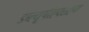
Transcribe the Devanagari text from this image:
डब्ल्यूपीएक्सएम